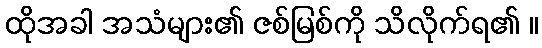
ထိုအခါ အသံများ၏ ဇစ်မြစ်ကို သိလိုက်ရ၏ ။